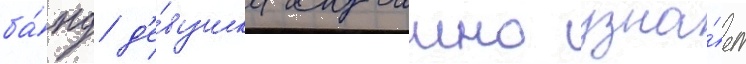
ба́нд д'е́вушка случаино узна́ет